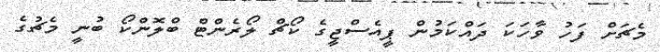
މެޗަށް ފަހު ވާހަކަ ދައްކަމުން ޕީއެސްޖީގެ ކޯޗް ލޯރެންޓް ބްލޮންކޯ ބުނީ މެޗުގެ